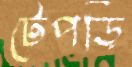
টেপড়ি